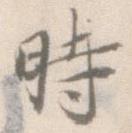
時